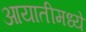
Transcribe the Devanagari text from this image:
आयातीमध्ये